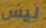
ليس